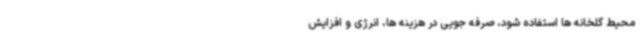
محیط گلخانه ها استفاده شود، صرفه جویی در هزینه ها، انرژی و افزایش